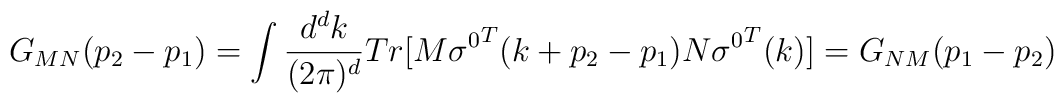
G_{MN}(p_{2}-p_{1})=\int {d^{d}k\over (2\pi )^{d}}Tr[M{\sigma^{0}}^{T}(k+p_{2}-p_{1})N{\sigma^{0}}^{T}(k)]=G_{NM}(p_{1}-p_{2})